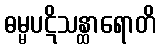
ဓမ္မပဋိသန္ထာရောတိ